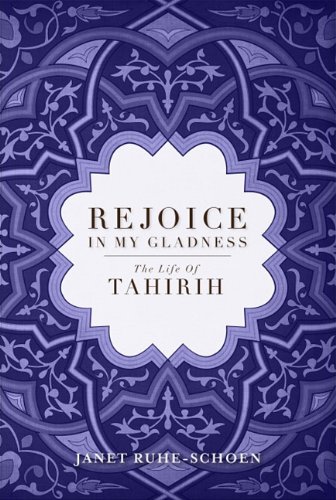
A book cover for Rejoice in My Gladness: The Life of Tahirih; Janet Ruhe-Schoen; Religion & Spirituality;